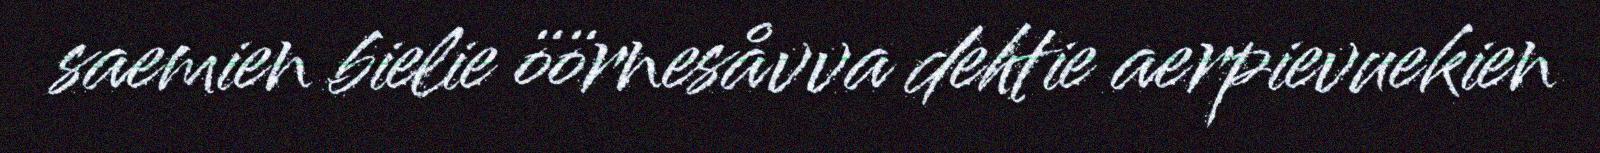
saemien bielie öörnesåvva dehtie aerpievuekien